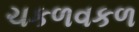
ચકળવકળ